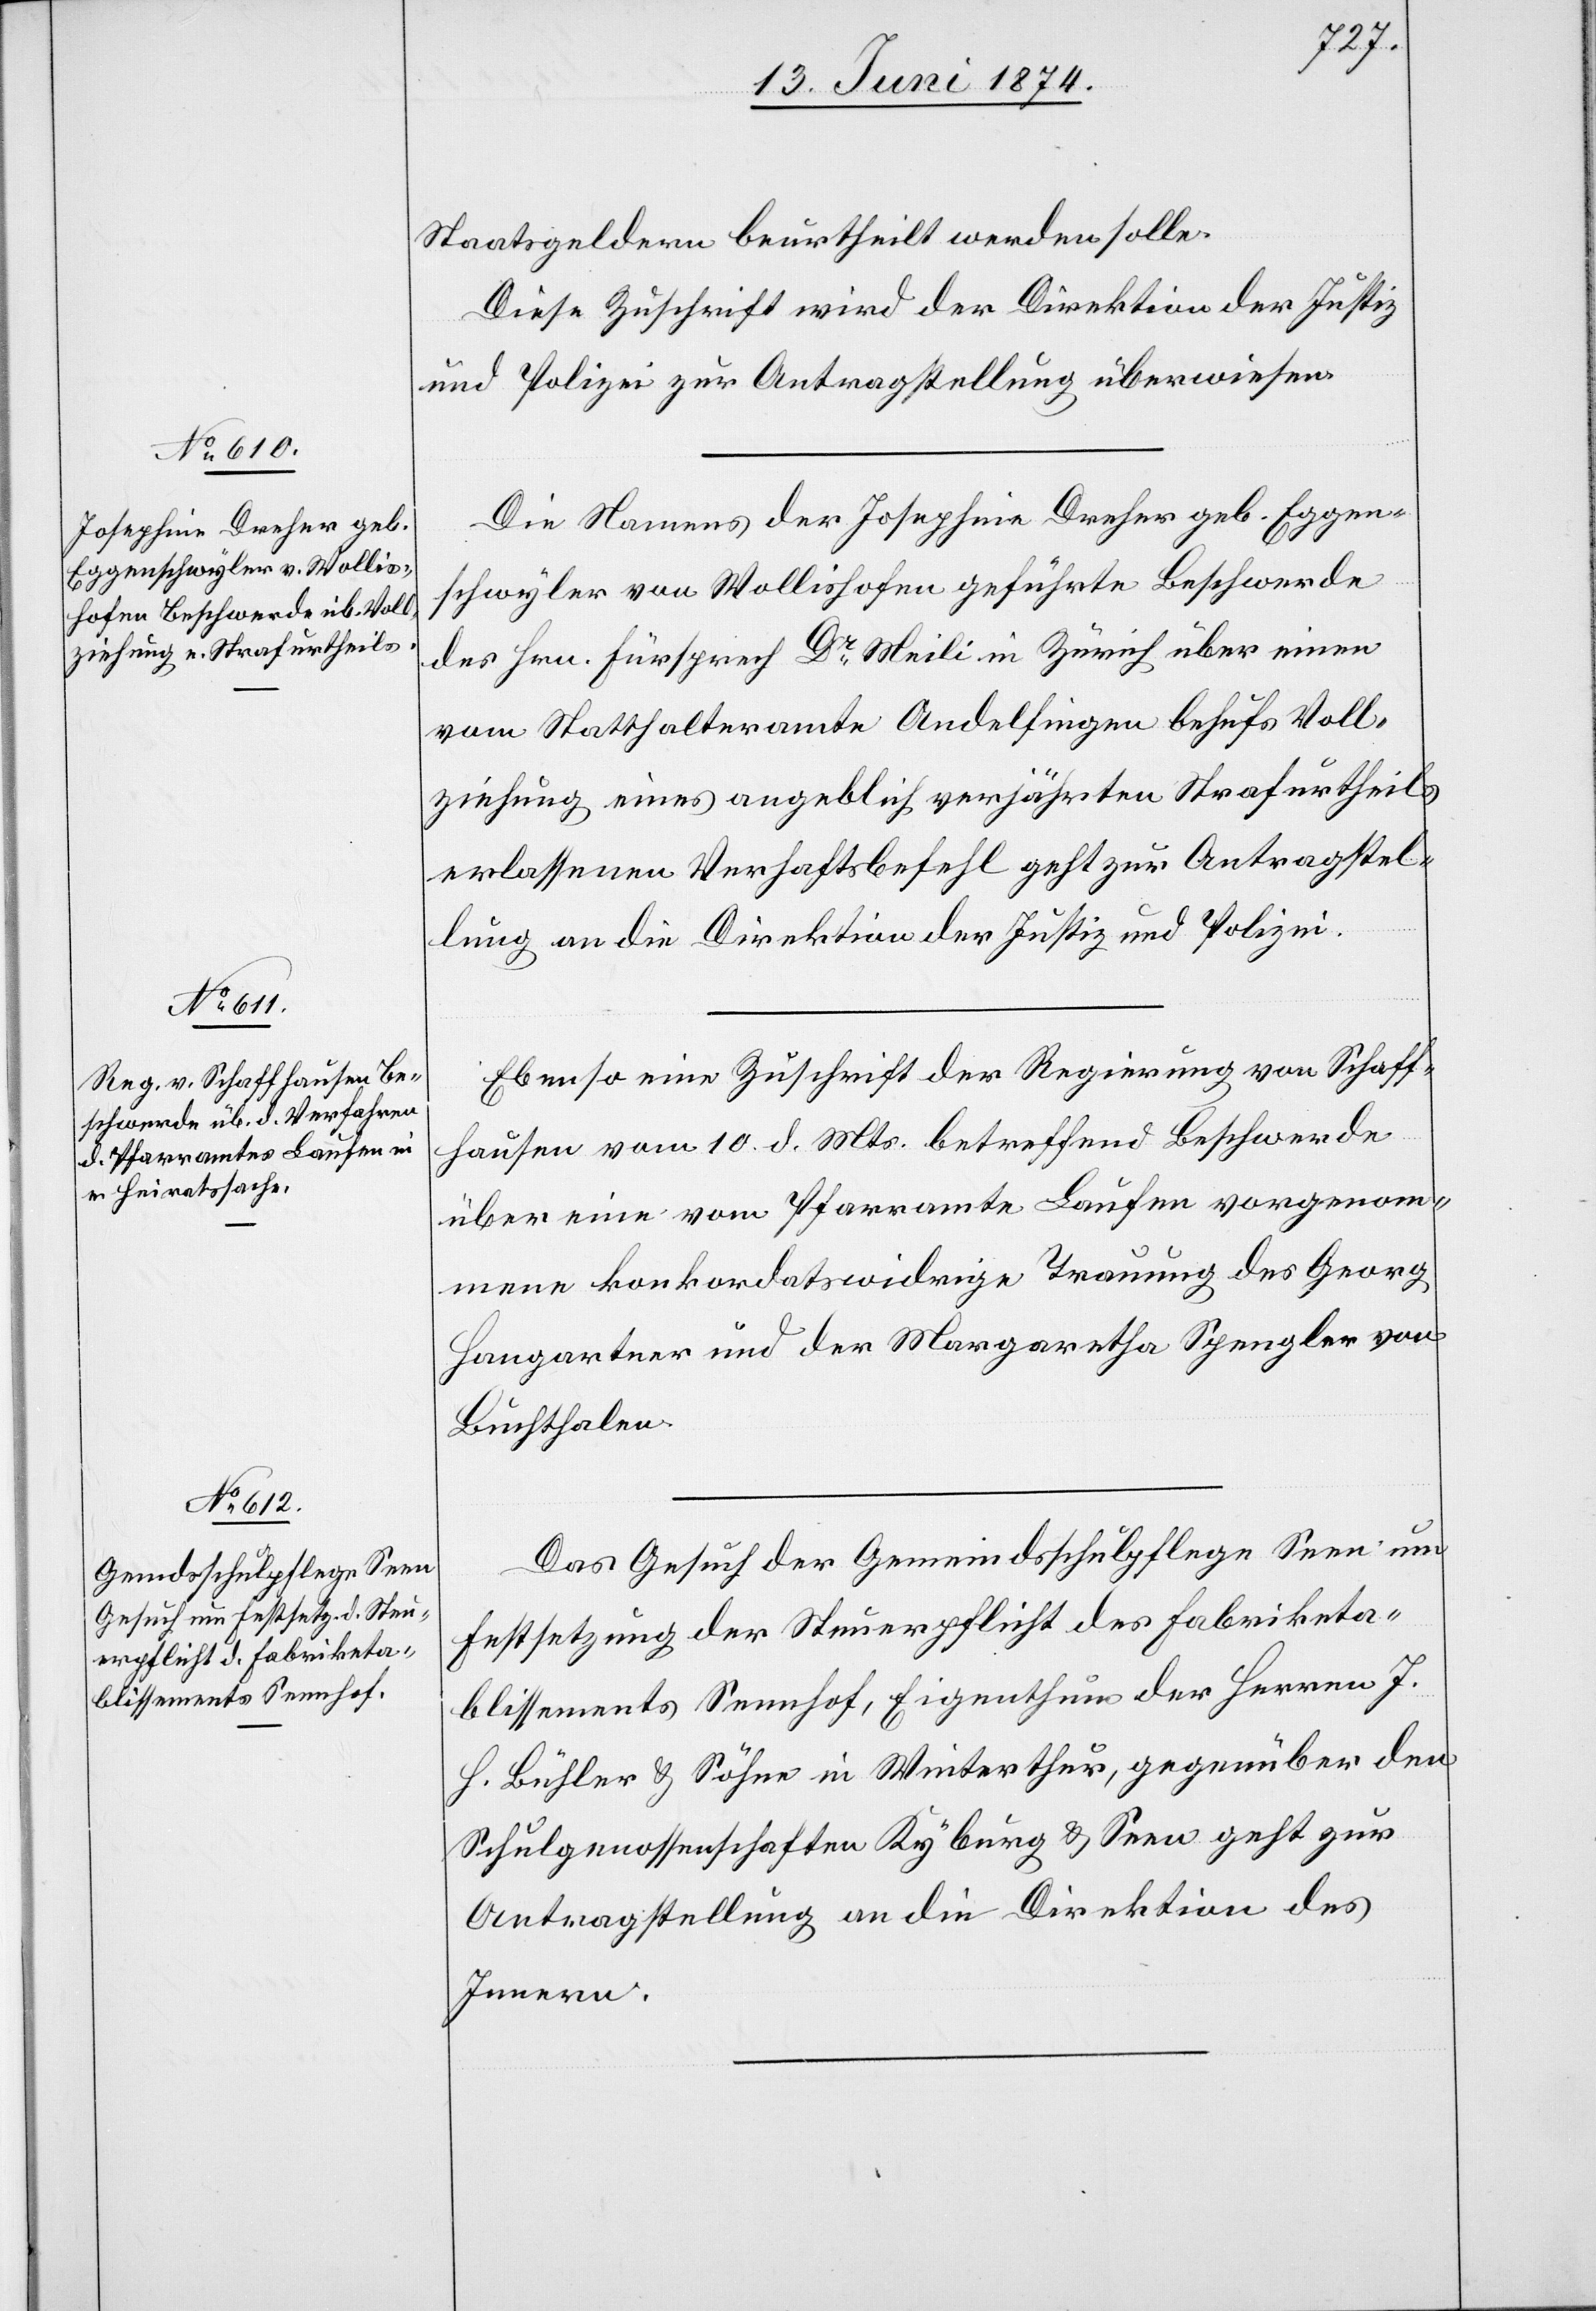
13. Juni 1874.]
Staatsgeldern beurtheilt werden solle.
Diese Zuschrift wird der Direktion der Justiz
und Polizei zur Antragstellung überwiesen.
Die Namens der Josephine Dreher geb. Eggen¬
schwyler von Wollishofen geführte Beschwerde
des Hrn. Fürsprech Dr Meili in Zürich über einen
vom Statthalteramte Andelfingen behufs Voll¬
ziehung eines angeblich verjährten Strafurtheils
erlassene Verhaftsbefehl geht zur Antragstel¬
lung an die Direktion der Justiz und Polizei.
Ebenso eine Zuschrift der Regierung von Schaff¬
hausen vom 10. d. Js. betreffend Beschwerde
über eine vom Pfarramte Laufen vorgenom¬
mene konkordatswidrige Trauung des Georg
Hangartner und der Margaretha Spengler von
Buchthalen.
Das Gesuch der Gemeindsschulpflege Seen um
Festsetzung der Steuerpflicht des Fabriketa¬
blissements Seenhof, Eigenthum der Herren J.
H. Bühler u. Söhne in Winterthur, gegenüber den
Schulgenossenschaften Kyburg u. Seen geht zur
Antragstellung an die Direktion des
Innern.